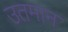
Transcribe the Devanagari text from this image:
उतमान